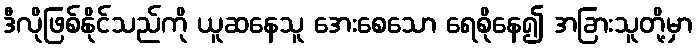
ဒီလိုဖြစ်နိုင်သည်ကို ယူဆနေသူ အေးစေသော ရေစိုနေ၍ အခြားသူတို့မှာ